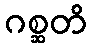
ဂစ္ဆတိ